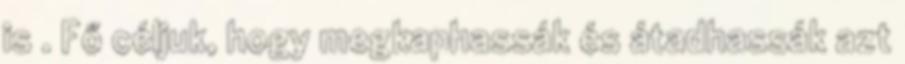
is . Fő céljuk, hogy megkaphassák és átadhassák azt